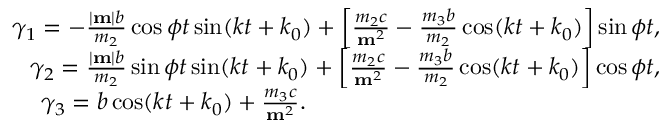
\begin{array} { r } { \gamma _ { 1 } = - \frac { | { \bf m } | b } { m _ { 2 } } \cos \phi t \sin ( k t + k _ { 0 } ) + \left[ \frac { m _ { 2 } c } { { \bf m } ^ { 2 } } - \frac { m _ { 3 } b } { m _ { 2 } } \cos ( k t + k _ { 0 } ) \right] \sin \phi t , } \\ { \gamma _ { 2 } = \frac { | { \bf m } | b } { m _ { 2 } } \sin \phi t \sin ( k t + k _ { 0 } ) + \left[ \frac { m _ { 2 } c } { { \bf m } ^ { 2 } } - \frac { m _ { 3 } b } { m _ { 2 } } \cos ( k t + k _ { 0 } ) \right] \cos \phi t , } \\ { \gamma _ { 3 } = b \cos ( k t + k _ { 0 } ) + \frac { m _ { 3 } c } { { \bf m } ^ { 2 } } . \qquad \qquad \qquad \qquad \qquad \qquad \qquad \quad } \end{array}